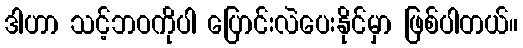
ဒါဟာ သင့်ဘဝကိုပါ ပြောင်းလဲပေးနိုင်မှာ ဖြစ်ပါတယ်။